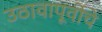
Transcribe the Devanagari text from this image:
उठावापूर्वीचे